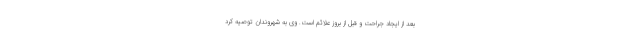
بعد از ایجاد جراحت و قبل از بروز علائم است. وی به شهروندان توصیه کرد